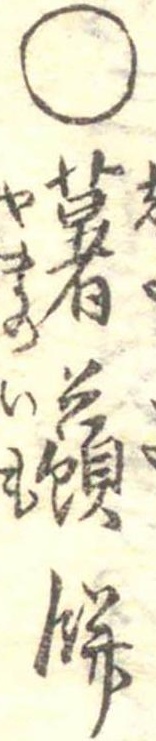
○薯蕷餅